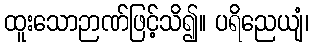
ထူးသောဉာဏ်ဖြင့်သိ၍။ ပရိညေယျံ၊